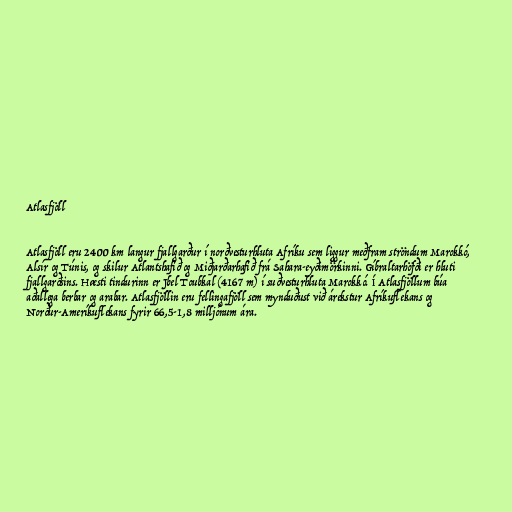
Atlasfjöll

Atlasfjöll eru 2400 km langur fjallgarður í norðvesturhluta Afríku sem liggur meðfram ströndum Marokkó,
Alsír og Túnis, og skilur Atlantshafið og Miðjarðarhafið frá Sahara-eyðimörkinni. Gíbraltarhöfði er hluti
fjallgarðsins. Hæsti tindurinn er Jbel Toubkal (4167 m) í suðvesturhluta Marokkó. Í Atlasfjöllum búa
aðallega berbar og arabar. Atlasfjöllin eru fellingafjöll sem mynduðust við árekstur Afríkuflekans og
Norður-Ameríkuflekans fyrir 66,5-1,8 milljónum ára.